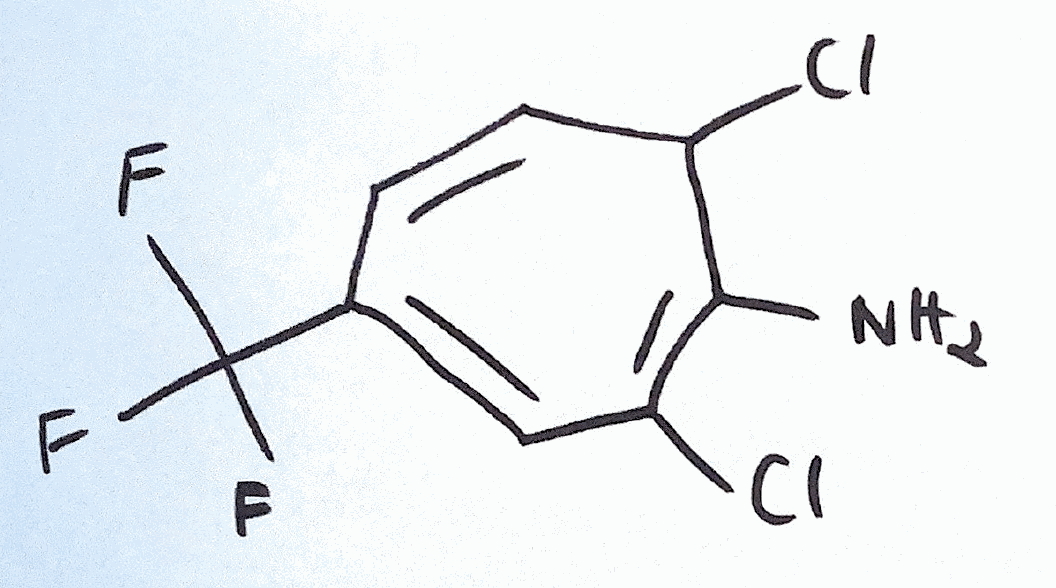
Simplified molecular-input line-entry system (SMILES) notation of the given molecule:
C1=CC(=CC(=C(C1Cl)N)Cl)C(F)(F)F